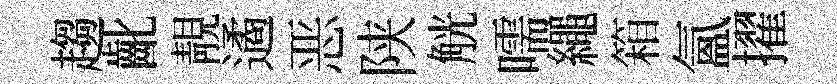
趨齔靚遹恶陕觥嚅繩箱氳擢